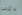
ذكى